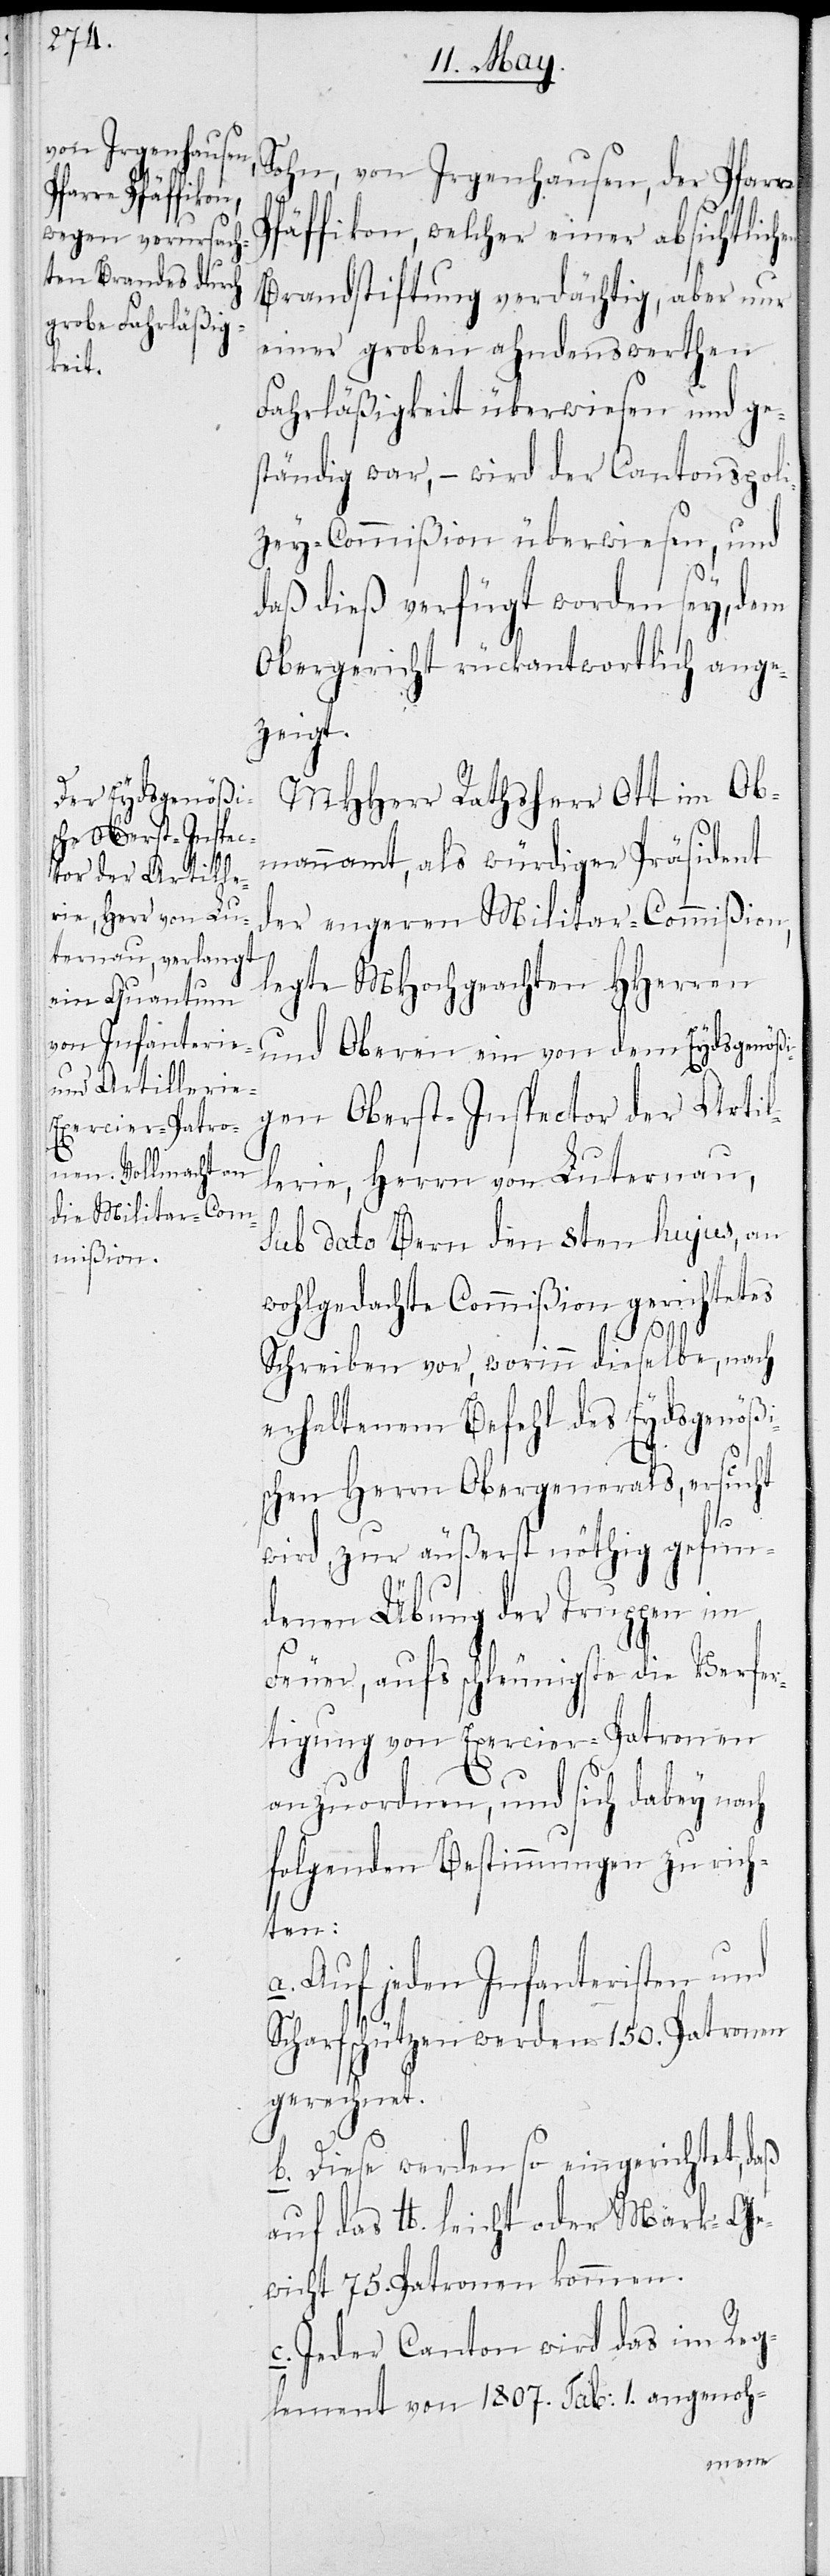
Sohn, von Irgenhausen, der Pfarre
Pfäffikon, welcher einer absichtlich¬
Brandstiftung verdächtig, aber nur
einer groben ahndenswerthen
Fahrläßigkeit überwiesen und ge¬
ständig war, – wird der Cantonspol¬
izey-Commißion überwiesen, und
daß dieß verfügt worden sey, dem
Obergericht rückantwortlich ange¬
zeigt.
MHHerr Rathsherr Ott im Ob¬
mannamt, als würdiger Präsident
der engeren Militar-Commißion,
legte MHochgeachten HHerren
und Oberen ein von dem Eydsgenößi¬
gen Oberst-Inspector der Artil¬
lerie, Herrn von Luternau,
sub Dato Bern den 8ten hujus, an
wohlgedachte Commißion gerichtetes
Schreiben vor, worinn dieselbe, nach
erhaltenem Befehl des Eydsgenößi¬
schen Herrn Obergenerals, ersucht
wird, zur äußerst nöthig gefun¬
denen Übung der Truppen im
Feuer, aufs schleunigste die Verfer¬
tigung von Exercier-Patronen
anzuordnen, und sich dabey nach
folgenden Bestimmungen zu rich¬
ten:
a. Auf jeden Infanteristen und
Scharfschützen werden 150. Patronen
gerechnet.
b. Diese werden so eingerichtet,
auf das lb leicht oder Mark-Ge¬
wicht 75. Patronen kommen.
Jeder Canton wird das im Reg¬
lement von 1807. Tab: I. angenoh-
en